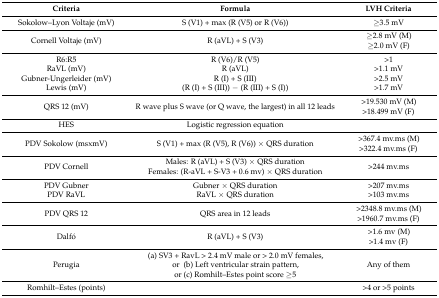
<table><thead><tr><td><b>Criteria</b></td><td><b>Formula</b></td><td><b>LVH Criteria</b></td></tr></thead><tbody><tr><td>Sokolow–Lyon Voltaje (mV)</td><td>S (V1) + max (R (V5) or R (V6))</td><td>≥3.5 mV</td></tr><tr><td>Cornell Voltaje (mV)</td><td>R (aVL) + S (V3)</td><td>≥2.8 mV (M) ≥2.0 mV (F)</td></tr><tr><td>R6:R5</td><td>R (V6)/R (V5)</td><td>&gt;1</td></tr><tr><td>RaVL (mV)</td><td>R (aVL)</td><td>&gt;1.1 mV</td></tr><tr><td>Gubner-Ungerleider (mV)</td><td>R (I) + S (III)</td><td>&gt;2.5 mV</td></tr><tr><td>Lewis (mV)</td><td>(R (I) + S (III)) − (R (III) + S (I))</td><td>&gt;1.7 mV</td></tr><tr><td>QRS 12 (mV)</td><td>R wave plus S wave (or Q wave, the largest) in all 12 leads</td><td>&gt;19.530 mV (M) &gt;18.499 mV (F)</td></tr><tr><td>HES</td><td>Logistic regression equation</td><td></td></tr><tr><td>PDV Sokolow (msxmV)</td><td>S (V1) + max (R (V5), R (V6)) × QRS duration</td><td>&gt;367.4 mv.ms (M) &gt;322.4 mv.ms (F)</td></tr><tr><td>PDV Cornell</td><td>Males: R (aVL) + S (V3) × QRS duration Females: (R-aVL + S-V3 + 0.6 mv) × QRS duration</td><td>&gt;244 mv.ms</td></tr><tr><td>PDV Gubner</td><td>Gubner × QRS duration</td><td>&gt;207 mv.ms</td></tr><tr><td>PDV RaVL</td><td>RaVL × QRS duration</td><td>&gt;103 mv.ms</td></tr><tr><td>PDV QRS 12</td><td>QRS area in 12 leads</td><td>&gt;2348.8 mv.ms (M) &gt;1960.7 mv.ms (F)</td></tr><tr><td>Dalfó</td><td>R (aVL) + S (V3)</td><td>&gt;1.6 mv (M) &gt;1.4 mv (F)</td></tr><tr><td>Perugia</td><td>(a) SV3 + RavL &gt; 2.4 mV male or &gt; 2.0 mV females, or (b) Left ventricular strain pattern, or (c) Romhilt–Estes point score ≥5</td><td>Any of them</td></tr><tr><td>Romhilt–Estes (points)</td><td></td><td>&gt;4 or &gt;5 points</td></tr></tbody></table>